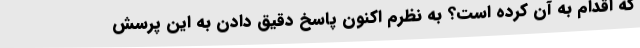
که اقدام به آن کرده است؟ به نظرم اکنون پاسخ دقیق دادن به این پرسش